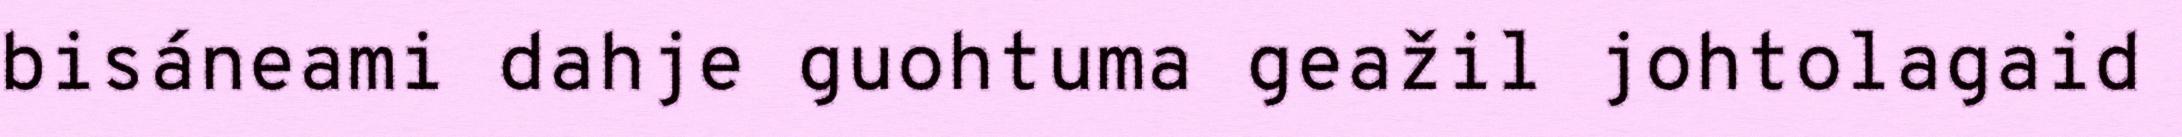
bisáneami dahje guohtuma geažil johtolagaid